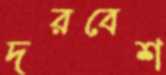
দরবেশ